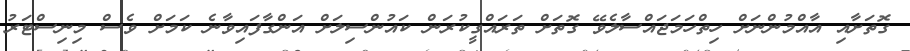
ގޮތަށާއި އާއްމުންނަށް ހިތްހަމަޖައްސާލެވޭ ގޮތަށް ތަރައްގީކުރަން ކައުންސިލަށް އަންގާފައިވާނެ ކަމަށް ވެސް މިނިސްޓަރު